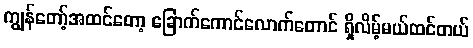
ကျွန်တော့်အထင်တော့ ခြောက်ကောင်လောက်တောင် ရှိလိမ့်မယ်ထင်တယ်